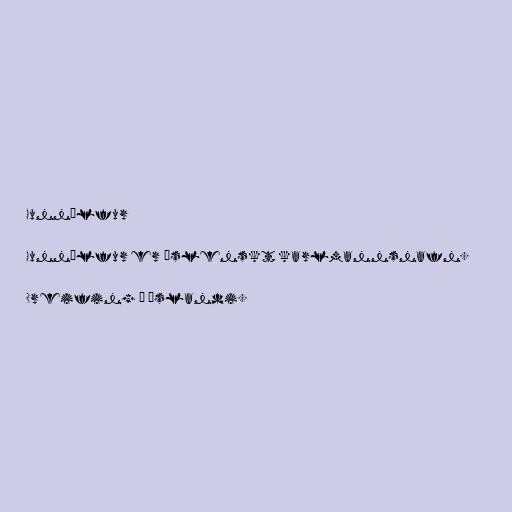
Gunnólfur

Gunnólfur er íslenskt karlmannsnafn.

Dreifing á Íslandi.